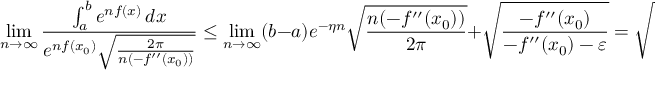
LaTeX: \operatorname* { l i m } _ { n \to \infty } { \frac { \int _ { a } ^ { b } e ^ { n f ( x ) } \, d x } { e ^ { n f ( x _ { 0 } ) } { \sqrt { \frac { 2 \pi } { n ( - f ^ { \prime \prime } ( x _ { 0 } ) ) } } } } } \leq \operatorname* { l i m } _ { n \to \infty } ( b - a ) e ^ { - \eta n } { \sqrt { \frac { n ( - f ^ { \prime \prime } ( x _ { 0 } ) ) } { 2 \pi } } } + { \sqrt { \frac { - f ^ { \prime \prime } ( x _ { 0 } ) } { - f ^ { \prime \prime } ( x _ { 0 } ) - \varepsilon } } } = { \sqrt { \frac { - f ^ { \prime \prime } ( x _ { 0 } ) } { - f ^ { \prime \prime } ( x _ { 0 } ) - \varepsilon } } }